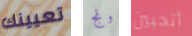
تعيينك ونج أتحبين